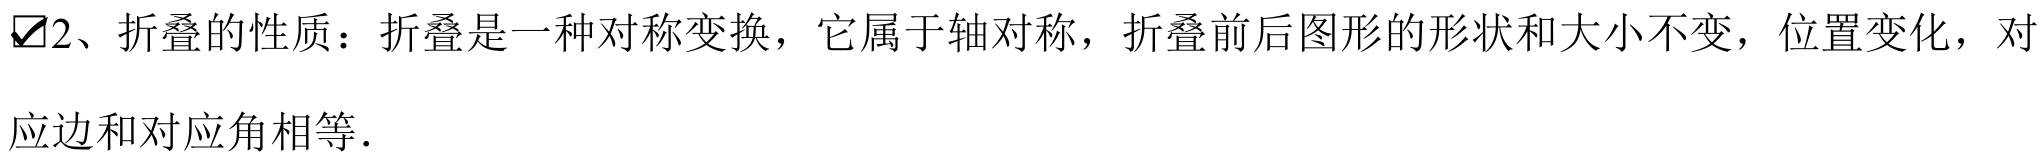
$\boxtimes$2、折叠的性质：折叠是一种对称变换，它属于轴对称，折叠前后图形的形状和大小不变，位置变化，对应边和对应角相等．